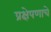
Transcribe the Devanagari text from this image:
प्रक्षेपणाचे